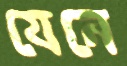
যেনে